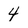
Character: 4